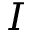
I